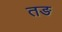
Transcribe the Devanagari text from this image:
तङ